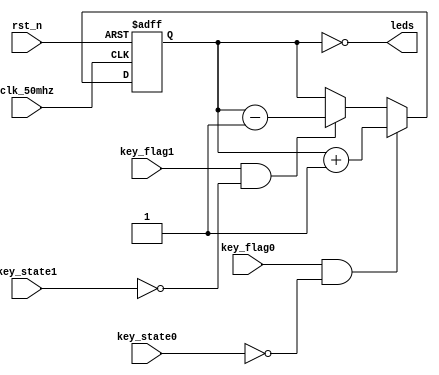
/**
* @brief:
* LED
* key_flag
* key_state
* :key_flag && (!key_state),;:key_flag && key_state.
*
* 
*/
module key_ctrl(
	input wire clk_50mhz,
	input wire rst_n,
	input wire key_flag0,
	input wire key_state0,
	input wire key_flag1,
	input wire key_state1,
	output wire [3:0] leds
);

reg [3:0] leds_r;

// LEDS
// Key0Key1if...else...
always @(posedge clk_50mhz or negedge rst_n)
	if (rst_n == 1'b0)
		leds_r <= 4'b0000;
	else if (key_flag0 && !key_state0)
		leds_r <= leds_r + 1'b1;
	else if (key_flag1 && !key_state1)
		leds_r <= leds_r - 1'b1;

// 
assign leds = ~leds_r;

endmodule